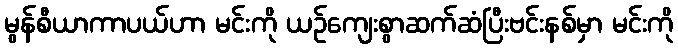
မွန်စီယာကာပယ်ဟာ မင်းကို ယဉ်ကျေးစွာဆက်ဆံပြီးဗင်းနစ်မှာ မင်းကို